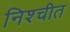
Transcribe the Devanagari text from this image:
निश्‍चीत